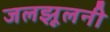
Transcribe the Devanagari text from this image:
जलझूलनी